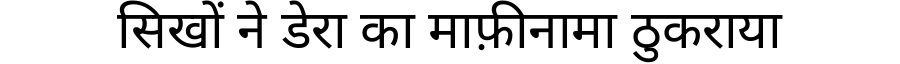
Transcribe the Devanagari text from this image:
सिखों ने डेरा का माफ़ीनामा ठुकराया